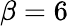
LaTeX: \beta=6